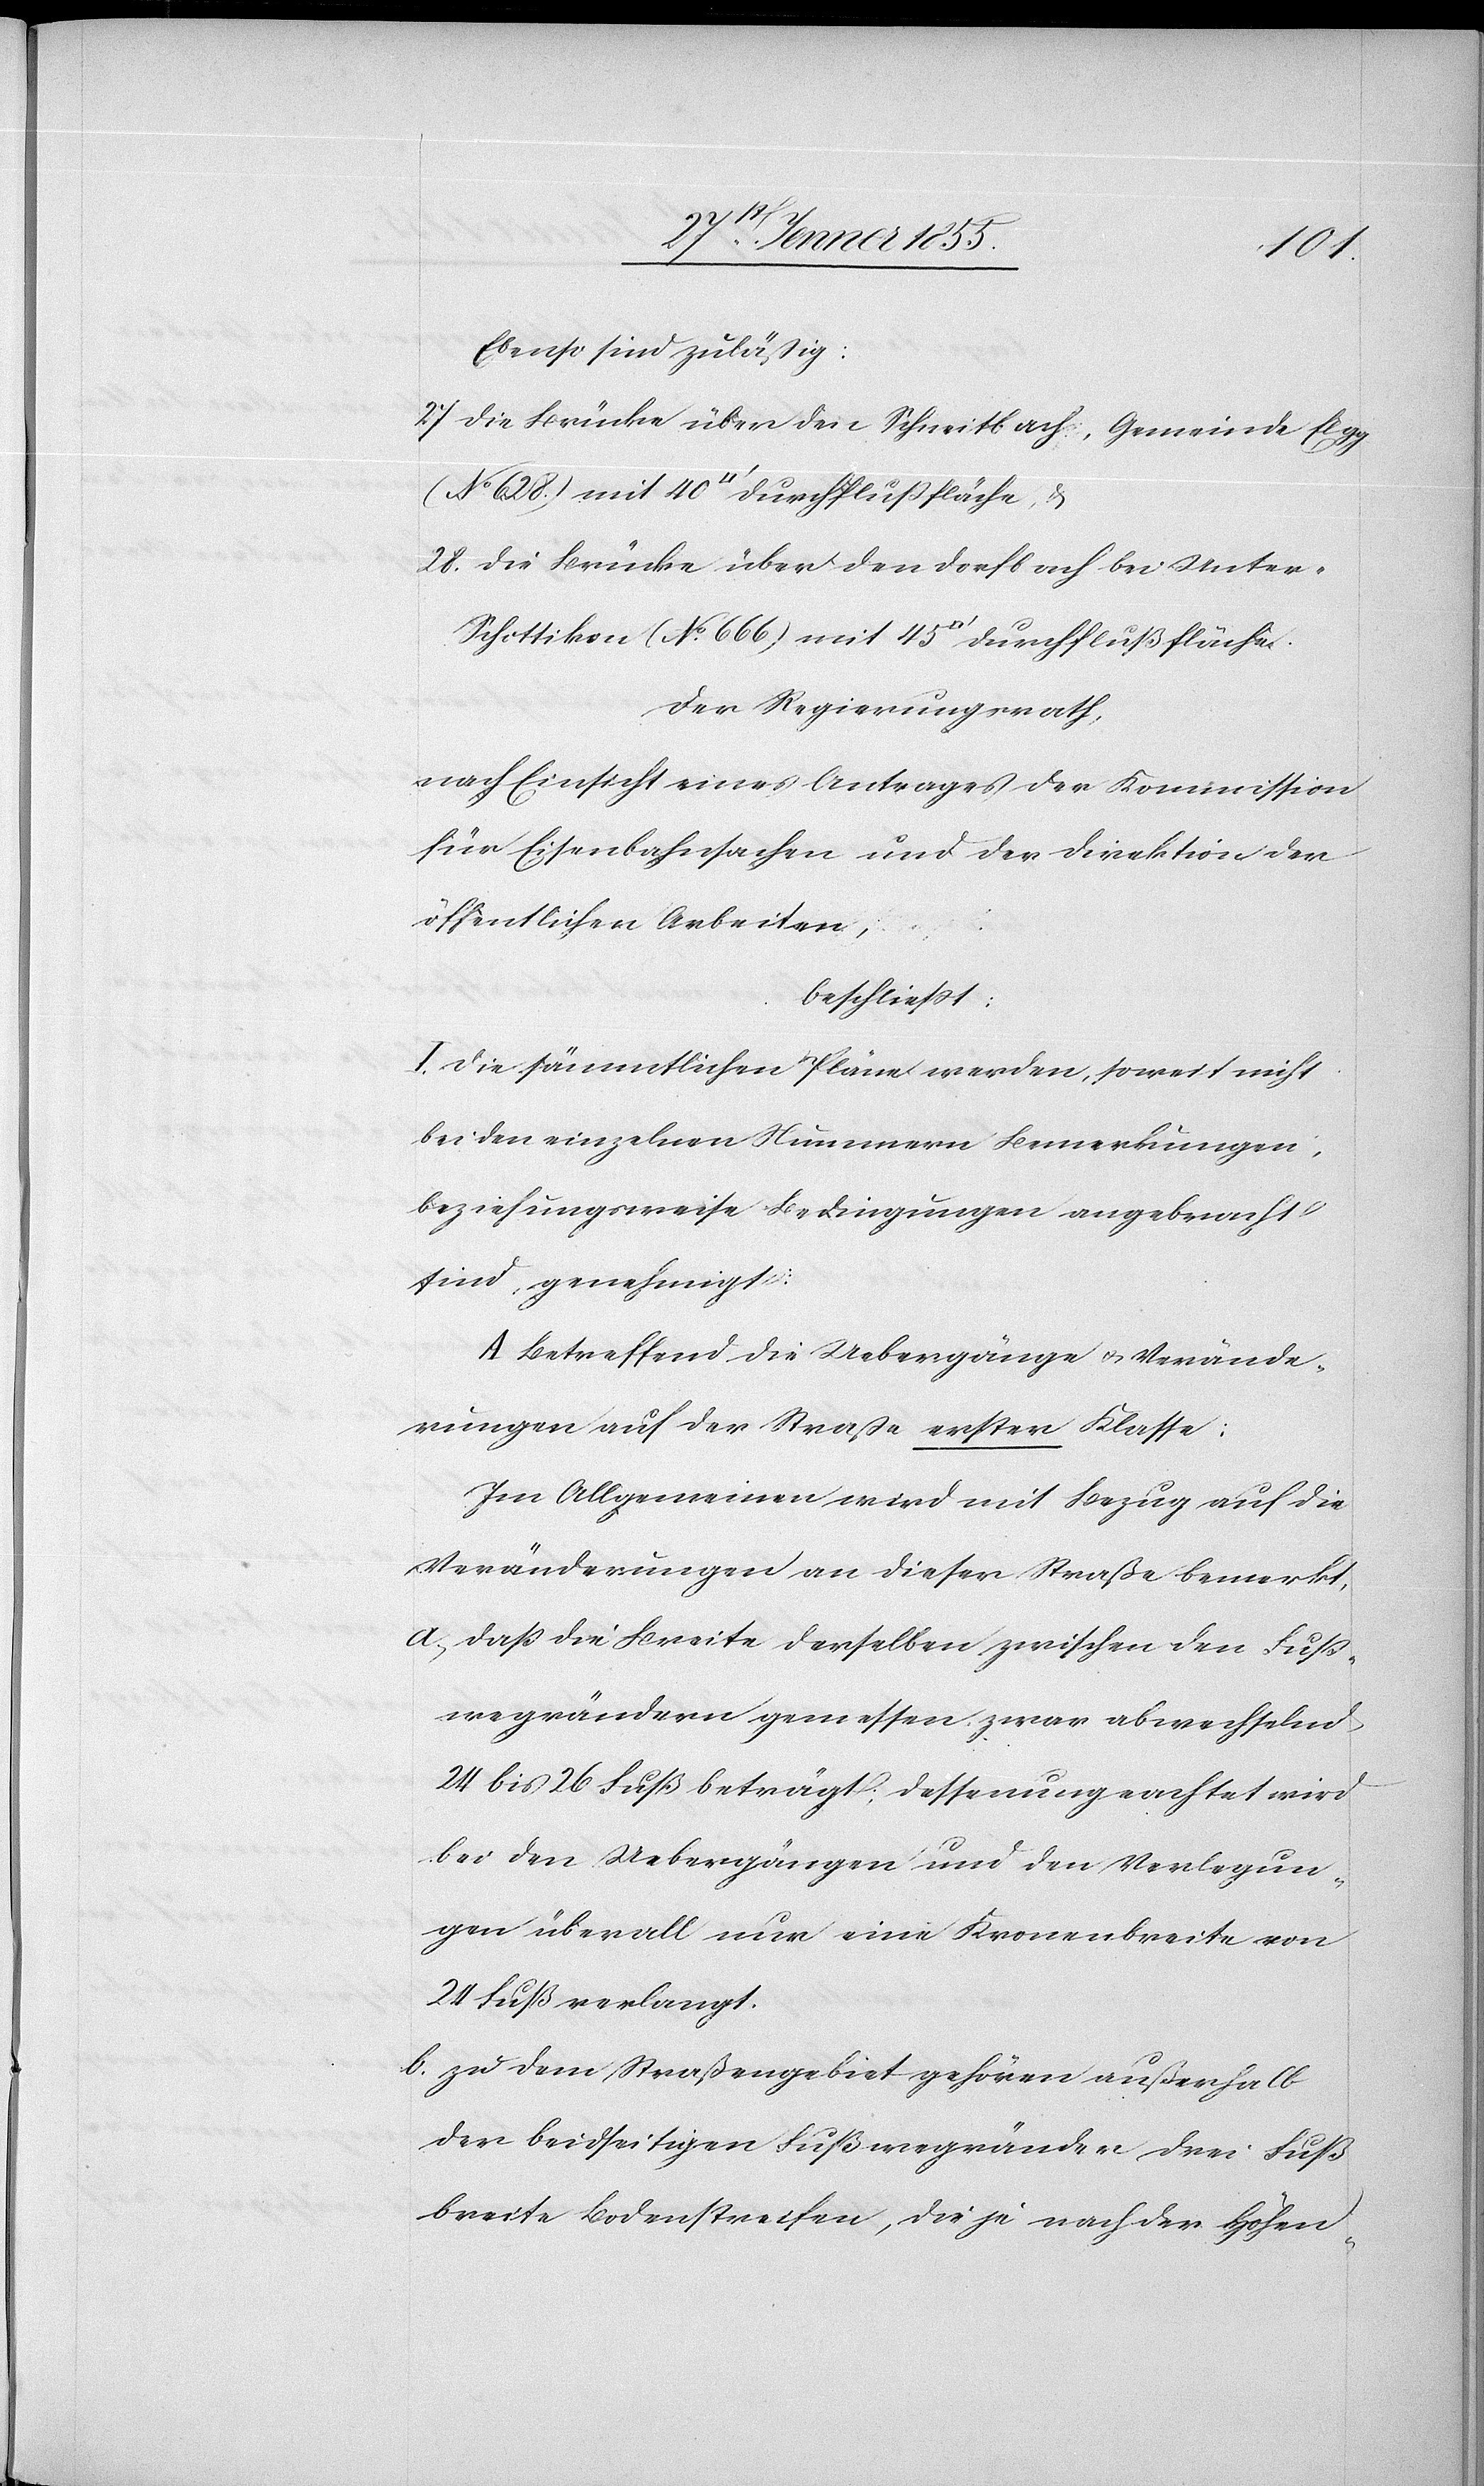
40
Ebenso sind zuläßig:
27 Die Brücke über den Schneitbach, Gemeinde Elgg
28. Die Brücke über den Dorfbach bei Unte¬
r-Schottikon (No. 666) mit 45 [Quadratfuß] Durchflußfläche.
Der Regierungsrath,
nach Einsicht eines Antrages der Kommission
für Eisenbahnsachen und der Direktion der
öffentlichen Arbeiten,
beschließt:
I. Die sämmtlichen Pläne werden, soweit nicht
bei den einzelnen Nummern Bemerkungen,
beziehungsweise Bedingungen angebracht
sind, genehmigt:
A Betreffend die Uebergänge & Verände¬
rungen auf der Straße erster Klasse:
Im Allgemeinen wird mit Bezug auf die
Veränderungen an dieser Straße bemerkt,
daß die Breite derselben zwischen den Fuß¬
wegrändern gemessen zwar abwechselnd
24 bis 26 Fuß beträgt, dessenungeachtet wird
bei den Uebergängen und den Verlegun¬
gen überall nur eine Kronenbreite von
24 Fuß verlangt.
zu dem Straßengebiet gehören außerhalb
der beidseitigen Fußwegränder drei Fuß
breite Bodenstreifen, die je nach der Höhen-